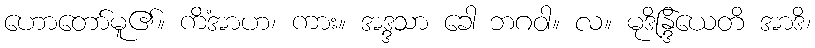
ဟောတော်မူ၏။ ကိံအာဟ၊ ကား။ အဒ္ဒသာ ခေါ ဘဂဝါ။ လ။ မုဒိန္ဒြိယေတိ အာဒိ၊